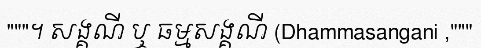
"""។ សង្គណី ឬ ធម្មសង្គណី (Dhammasangani ,"""